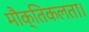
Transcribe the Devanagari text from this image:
मौक्तिकलता।